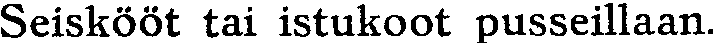
Seiskööt tai istukoot pusseillaan.